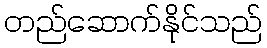
တည်ဆောက်နိုင်သည်